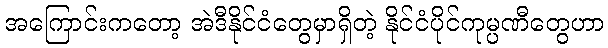
အကြောင်းကတော့ အဲဒီနိုင်ငံတွေမှာရှိတဲ့ နိုင်ငံပိုင်ကုမ္ပဏီတွေဟာ